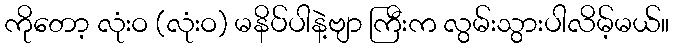
ကိုတော့ လုံးဝ (လုံးဝ) မနိပ်ပါနဲ့ဗျာ ကြီးက လွမ်းသွားပါလိမ့်မယ်။